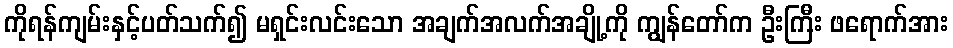
ကိုရန်ကျမ်းနှင့်ပတ်သက်၍ မရှင်းလင်းသော အချက်အလက်အချို့ကို ကျွန်တော်က ဦးကြီး ဖရောက်အား